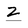
Character: Z